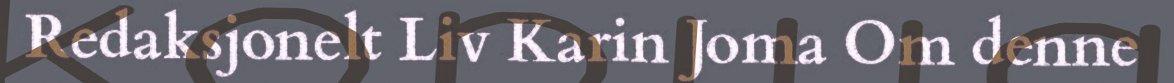
Redaksjonelt Liv Karin Joma Om denne